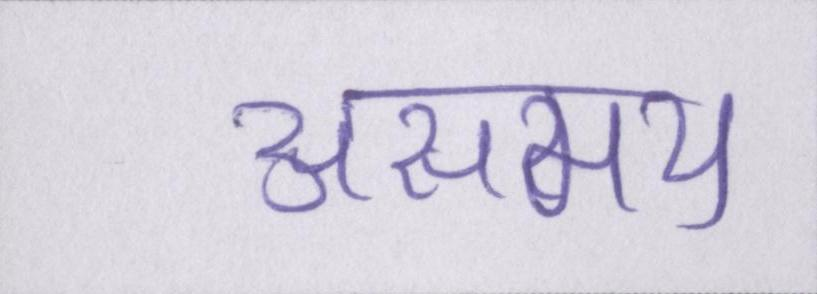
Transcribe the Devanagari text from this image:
असमय